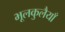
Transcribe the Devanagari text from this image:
भूलकुलैयाँ